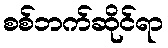
စစ်ဘက်ဆိုင်ရာ